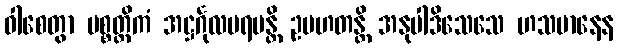
ဝါစေတွာ ပစ္စတ္ထိကံ အဋ္ဌင်္ဂုလပရမန္တိ ဥပဟတန္တိ အနုပါဒိသေသေ ဟသမာနေန